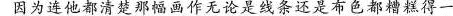
因为连他都清楚那副画无论是线条还是布色都糟糕得一